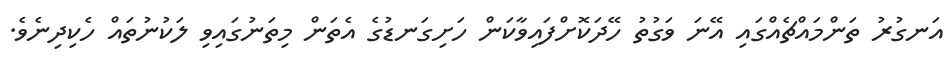
އަނގުރު ތަންމައްޗެއްގައި އޭނަ ވަގުތު ހޭދަކޮށްފައިވާކަން ހަށިގަނޑުގެ އެތަން މިތަނުގައިވި ލަކުނުތައް ހެކިދިނެވެ.